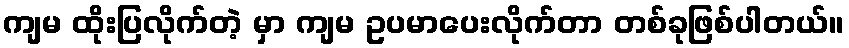
ကျမ ထိုးပြလိုက်တဲ့ မှာ ကျမ ဥပမာပေးလိုက်တာ တစ်ခုဖြစ်ပါတယ်။